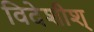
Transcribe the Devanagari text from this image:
विदेशीश्